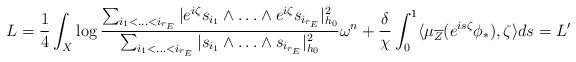
LaTeX: \begin{align*}L & = \frac{1}{4} \int_X \log \frac{\sum_{i_1 < \ldots <i_{r_E}} |e^{i\zeta}s_{i_1} \wedge \ldots \wedge e^{i\zeta} s_{i_{r_E}}|^2_{h_0}}{\sum_{i_1 < \ldots <i_{r_E}} |s_{i_1} \wedge \ldots \wedge s_{i_{r_E}}|^2_{h_0}}\omega^n + \frac{\delta}{\chi}\int_0^1 \langle\mu_{\overline{Z}}(e^{is\zeta}\phi_*),\zeta\rangle ds = L'\end{align*}